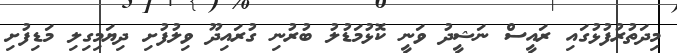
މިދަތުރުފުޅުގައި ރައީސް ނަޝީދު ވަނީ ކޮޅުމަޑުލު ބުރުނި ގުރައިދޫ ވިލުފުށި ދިޔަމިގިލި މަޑިފުށި